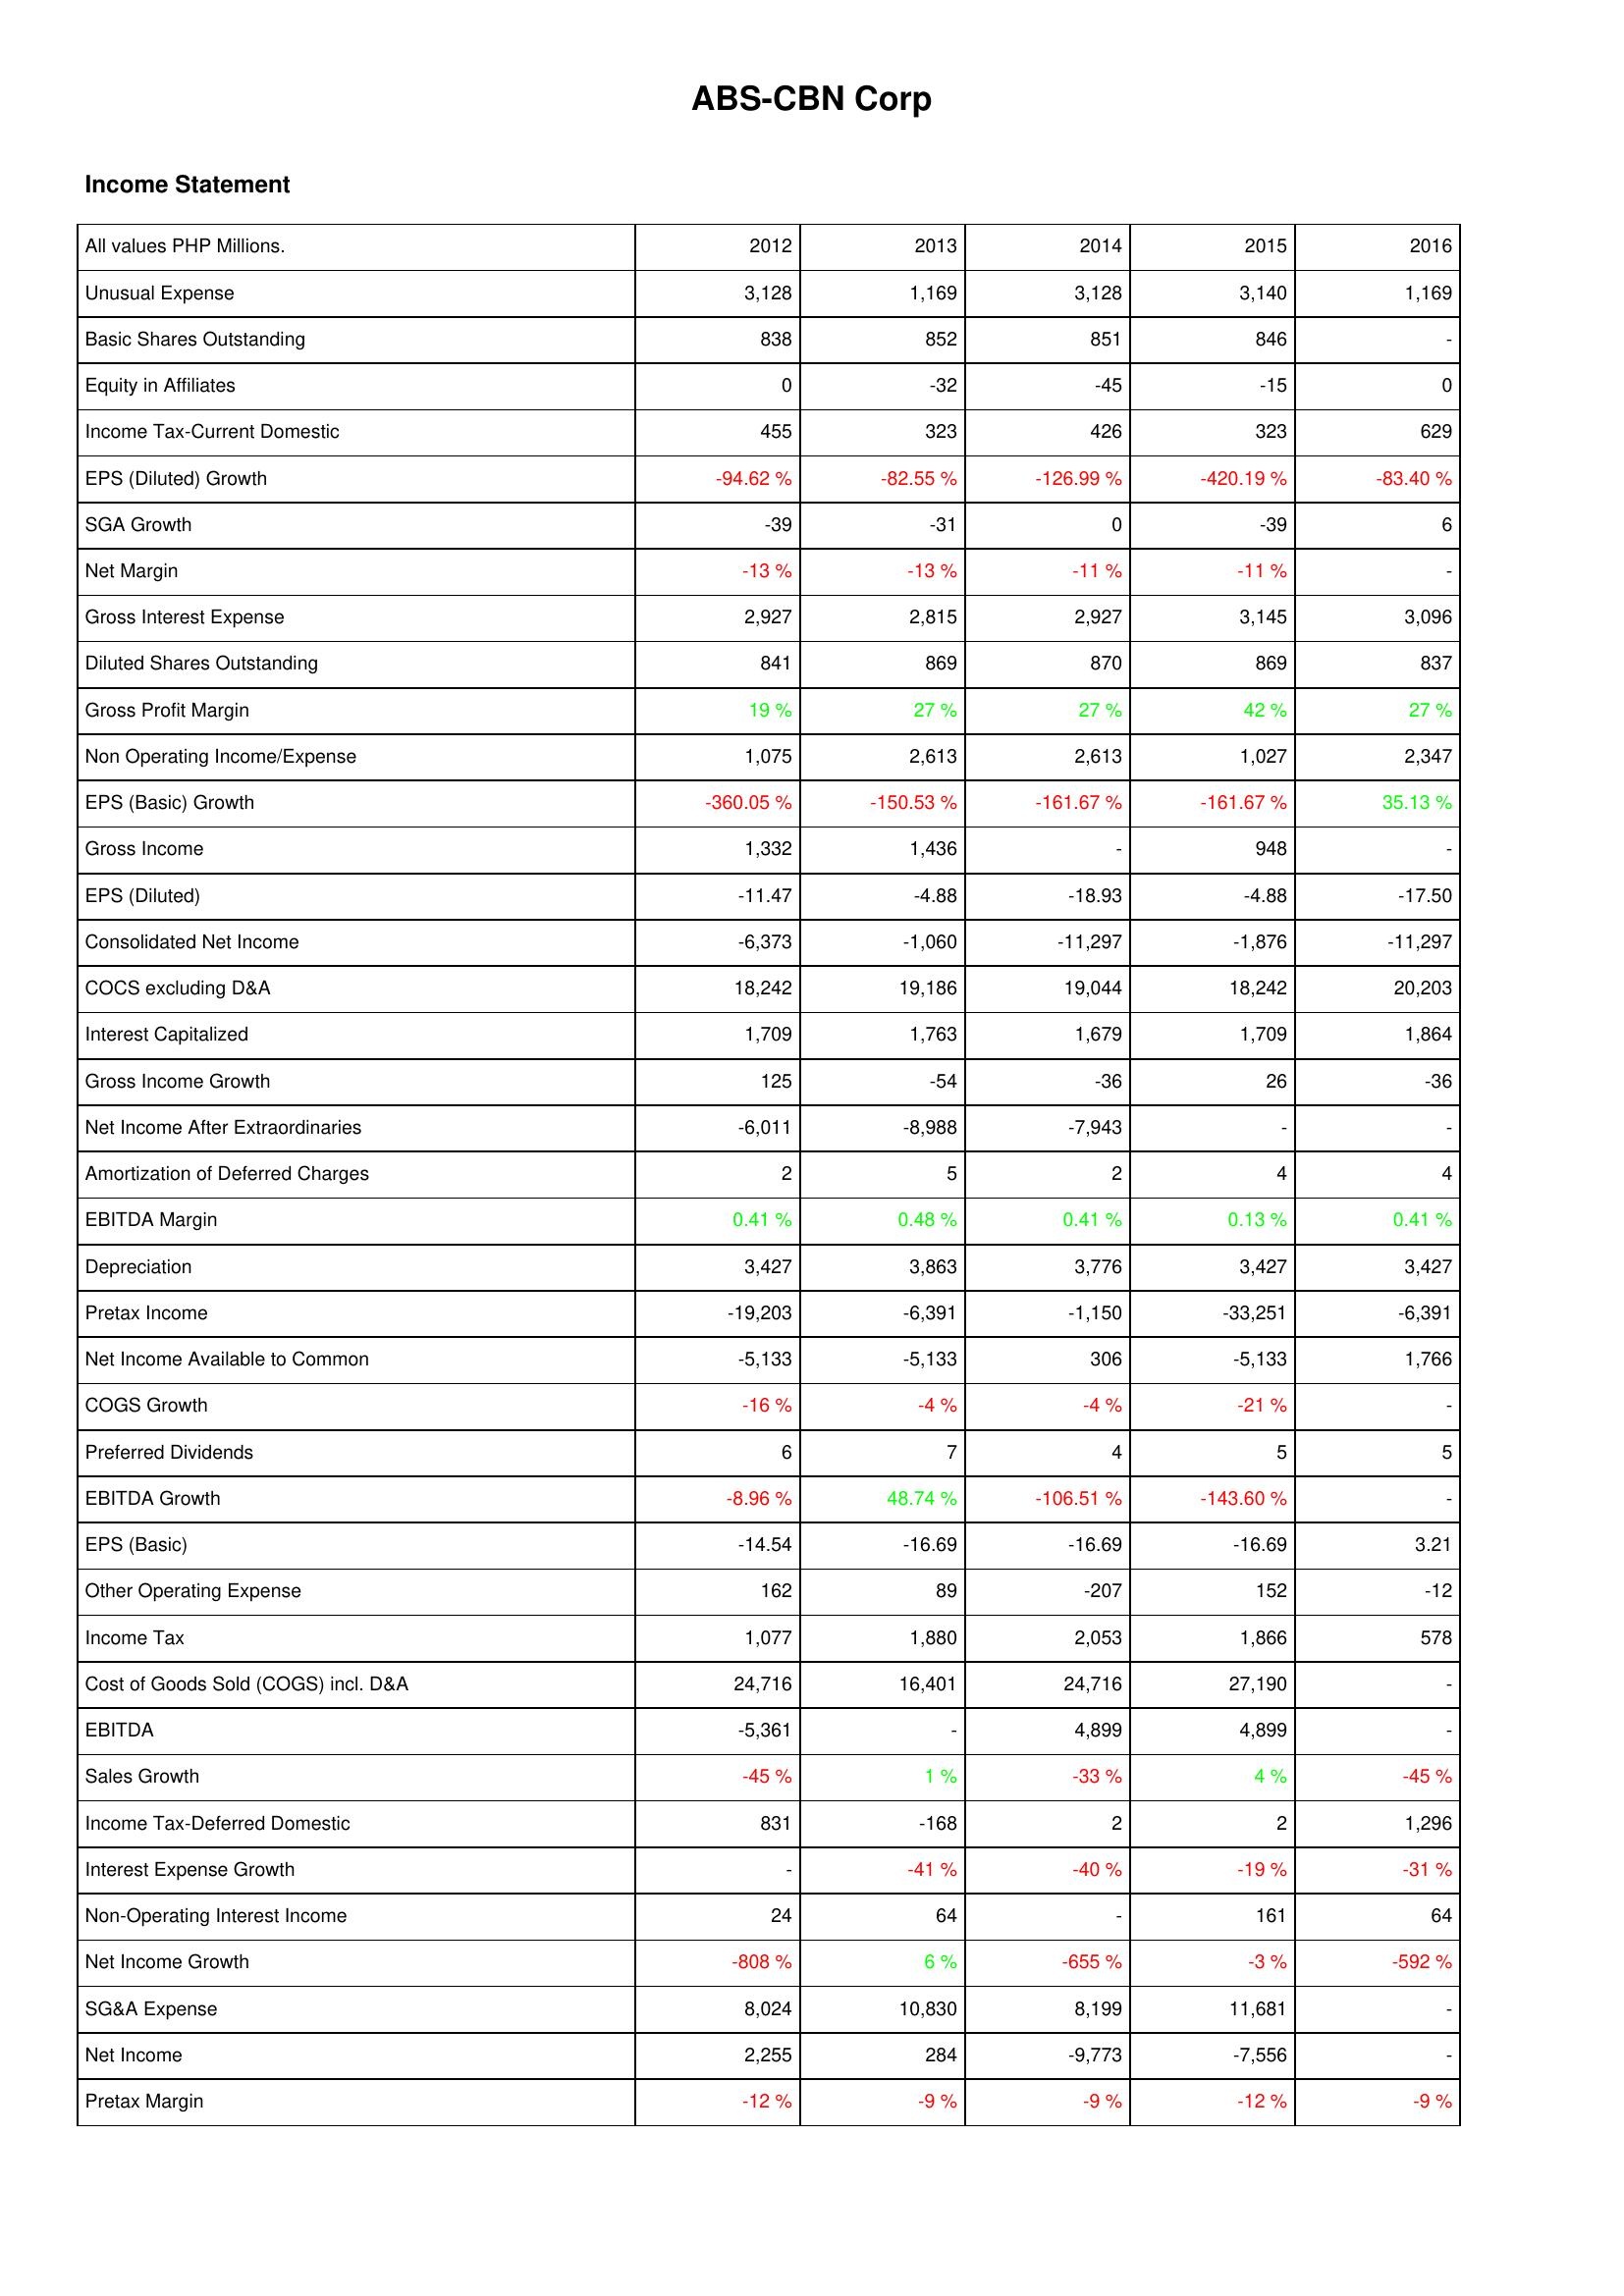
2012: Income Statement: Unusual Expense: 3,128
Basic Shares Outstanding: 838
Equity in Affiliates: 0
Income Tax-Current Domestic: 455
EPS (Diluted) Growth: -94.62 %
SGA Growth: -39
Net Margin: -13 %
Gross Interest Expense: 2,927
Diluted Shares Outstanding: 841
Gross Profit Margin: 19 %
Non Operating Income/Expense: 1,075
EPS (Basic) Growth: -360.05 %
Gross Income: 1,332
EPS (Diluted): -11.47
Consolidated Net Income: -6,373
COCS excluding D&A: 18,242
Interest Capitalized: 1,709
Gross Income Growth: 125
Net Income After Extraordinaries: -6,011
Amortization of Deferred Charges: 2
EBITDA Margin: 0.41 %
Depreciation: 3,427
Pretax Income: -19,203
Net Income Available to Common: -5,133
COGS Growth: -16 %
Preferred Dividends: 6
EBITDA Growth: -8.96 %
EPS (Basic): -14.54
Other Operating Expense: 162
Income Tax: 1,077
Cost of Goods Sold (COGS) incl. D&A: 24,716
EBITDA: -5,361
Sales Growth: -45 %
Income Tax-Deferred Domestic: 831
Interest Expense Growth: -
Non-Operating Interest Income: 24
Net Income Growth: -808 %
SG&A Expense: 8,024
Net Income: 2,255
Pretax Margin: -12 %
2013: Income Statement: Unusual Expense: 1,169
Basic Shares Outstanding: 852
Equity in Affiliates: -32
Income Tax-Current Domestic: 323
EPS (Diluted) Growth: -82.55 %
SGA Growth: -31
Net Margin: -13 %
Gross Interest Expense: 2,815
Diluted Shares Outstanding: 869
Gross Profit Margin: 27 %
Non Operating Income/Expense: 2,613
EPS (Basic) Growth: -150.53 %
Gross Income: 1,436
EPS (Diluted): -4.88
Consolidated Net Income: -1,060
COCS excluding D&A: 19,186
Interest Capitalized: 1,763
Gross Income Growth: -54
Net Income After Extraordinaries: -8,988
Amortization of Deferred Charges: 5
EBITDA Margin: 0.48 %
Depreciation: 3,863
Pretax Income: -6,391
Net Income Available to Common: -5,133
COGS Growth: -4 %
Preferred Dividends: 7
EBITDA Growth: 48.74 %
EPS (Basic): -16.69
Other Operating Expense: 89
Income Tax: 1,880
Cost of Goods Sold (COGS) incl. D&A: 16,401
EBITDA: -
Sales Growth: 1 %
Income Tax-Deferred Domestic: -168
Interest Expense Growth: -41 %
Non-Operating Interest Income: 64
Net Income Growth: 6 %
SG&A Expense: 10,830
Net Income: 284
Pretax Margin: -9 %
2014: Income Statement: Unusual Expense: 3,128
Basic Shares Outstanding: 851
Equity in Affiliates: -45
Income Tax-Current Domestic: 426
EPS (Diluted) Growth: -126.99 %
SGA Growth: 0
Net Margin: -11 %
Gross Interest Expense: 2,927
Diluted Shares Outstanding: 870
Gross Profit Margin: 27 %
Non Operating Income/Expense: 2,613
EPS (Basic) Growth: -161.67 %
Gross Income: -
EPS (Diluted): -18.93
Consolidated Net Income: -11,297
COCS excluding D&A: 19,044
Interest Capitalized: 1,679
Gross Income Growth: -36
Net Income After Extraordinaries: -7,943
Amortization of Deferred Charges: 2
EBITDA Margin: 0.41 %
Depreciation: 3,776
Pretax Income: -1,150
Net Income Available to Common: 306
COGS Growth: -4 %
Preferred Dividends: 4
EBITDA Growth: -106.51 %
EPS (Basic): -16.69
Other Operating Expense: -207
Income Tax: 2,053
Cost of Goods Sold (COGS) incl. D&A: 24,716
EBITDA: 4,899
Sales Growth: -33 %
Income Tax-Deferred Domestic: 2
Interest Expense Growth: -40 %
Non-Operating Interest Income: -
Net Income Growth: -655 %
SG&A Expense: 8,199
Net Income: -9,773
Pretax Margin: -9 %
2015: Income Statement: Unusual Expense: 3,140
Basic Shares Outstanding: 846
Equity in Affiliates: -15
Income Tax-Current Domestic: 323
EPS (Diluted) Growth: -420.19 %
SGA Growth: -39
Net Margin: -11 %
Gross Interest Expense: 3,145
Diluted Shares Outstanding: 869
Gross Profit Margin: 42 %
Non Operating Income/Expense: 1,027
EPS (Basic) Growth: -161.67 %
Gross Income: 948
EPS (Diluted): -4.88
Consolidated Net Income: -1,876
COCS excluding D&A: 18,242
Interest Capitalized: 1,709
Gross Income Growth: 26
Net Income After Extraordinaries: -
Amortization of Deferred Charges: 4
EBITDA Margin: 0.13 %
Depreciation: 3,427
Pretax Income: -33,251
Net Income Available to Common: -5,133
COGS Growth: -21 %
Preferred Dividends: 5
EBITDA Growth: -143.60 %
EPS (Basic): -16.69
Other Operating Expense: 152
Income Tax: 1,866
Cost of Goods Sold (COGS) incl. D&A: 27,190
EBITDA: 4,899
Sales Growth: 4 %
Income Tax-Deferred Domestic: 2
Interest Expense Growth: -19 %
Non-Operating Interest Income: 161
Net Income Growth: -3 %
SG&A Expense: 11,681
Net Income: -7,556
Pretax Margin: -12 %
2016: Income Statement: Unusual Expense: 1,169
Basic Shares Outstanding: -
Equity in Affiliates: 0
Income Tax-Current Domestic: 629
EPS (Diluted) Growth: -83.40 %
SGA Growth: 6
Net Margin: -
Gross Interest Expense: 3,096
Diluted Shares Outstanding: 837
Gross Profit Margin: 27 %
Non Operating Income/Expense: 2,347
EPS (Basic) Growth: 35.13 %
Gross Income: -
EPS (Diluted): -17.50
Consolidated Net Income: -11,297
COCS excluding D&A: 20,203
Interest Capitalized: 1,864
Gross Income Growth: -36
Net Income After Extraordinaries: -
Amortization of Deferred Charges: 4
EBITDA Margin: 0.41 %
Depreciation: 3,427
Pretax Income: -6,391
Net Income Available to Common: 1,766
COGS Growth: -
Preferred Dividends: 5
EBITDA Growth: -
EPS (Basic): 3.21
Other Operating Expense: -12
Income Tax: 578
Cost of Goods Sold (COGS) incl. D&A: -
EBITDA: -
Sales Growth: -45 %
Income Tax-Deferred Domestic: 1,296
Interest Expense Growth: -31 %
Non-Operating Interest Income: 64
Net Income Growth: -592 %
SG&A Expense: -
Net Income: -
Pretax Margin: -9 %